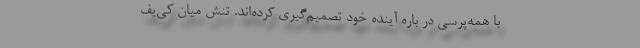
با همه‌پرسی در باره آینده خود تصمیم‌گیری کرده‌اند. تنش میان کی‌یف